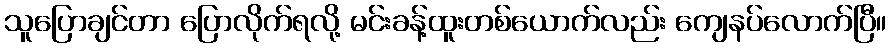
သူပြောချင်တာ ပြောလိုက်ရလို့ မင်းခန့်ထူးတစ်ယောက်လည်း ကျေနပ်လောက်ပြီ။